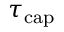
\tau _ { \mathrm { { c a p } } }